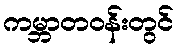
ကမ္ဘာတဝန်းတွင်